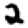
Digit: 2